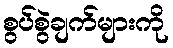
စွပ်စွဲချက်များကို